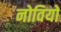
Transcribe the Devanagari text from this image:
नोवियो